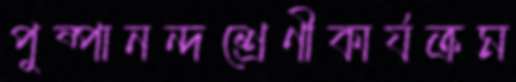
পুষ্পানন্দশ্রেণীকার্যক্রম